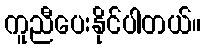
ကူညီပေးနိုင်ပါတယ်။